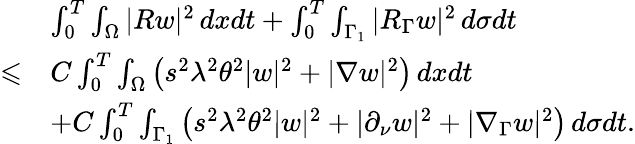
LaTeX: \begin{array}{rl}&{\int_{0}^{T}\int_{\Omega}|Rw|^{2}\, dxdt+\int_{0}^{T}\int_{\Gamma_{1}}|R_{\Gamma}w|^{2}\, d\sigma dt}\\ {\leqslant}&{C\int_{0}^{T}\int_{\Omega}\left(s^{2}\lambda^{2}\theta^{2}|w|^{2}+|\nabla w|^{2}\right)\, dxdt}\\ &{+C\int_{0}^{T}\int_{\Gamma_{1}}\left(s^{2}\lambda^{2}\theta^{2}|w|^{2}+|\partial_{\nu}w|^{2}+|\nabla_{\Gamma}w|^{2}\right)\, d\sigma dt.}\end{array}